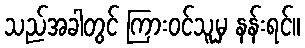
သည်အခါတွင် ကြားဝင်သူမှ နန်းရင်။